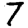
Digit: 7